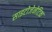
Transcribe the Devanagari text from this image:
साइटोजेनेटिक